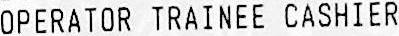
OPERATOR TRAINEE CASHIER